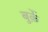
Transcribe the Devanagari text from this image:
बुर्क़े